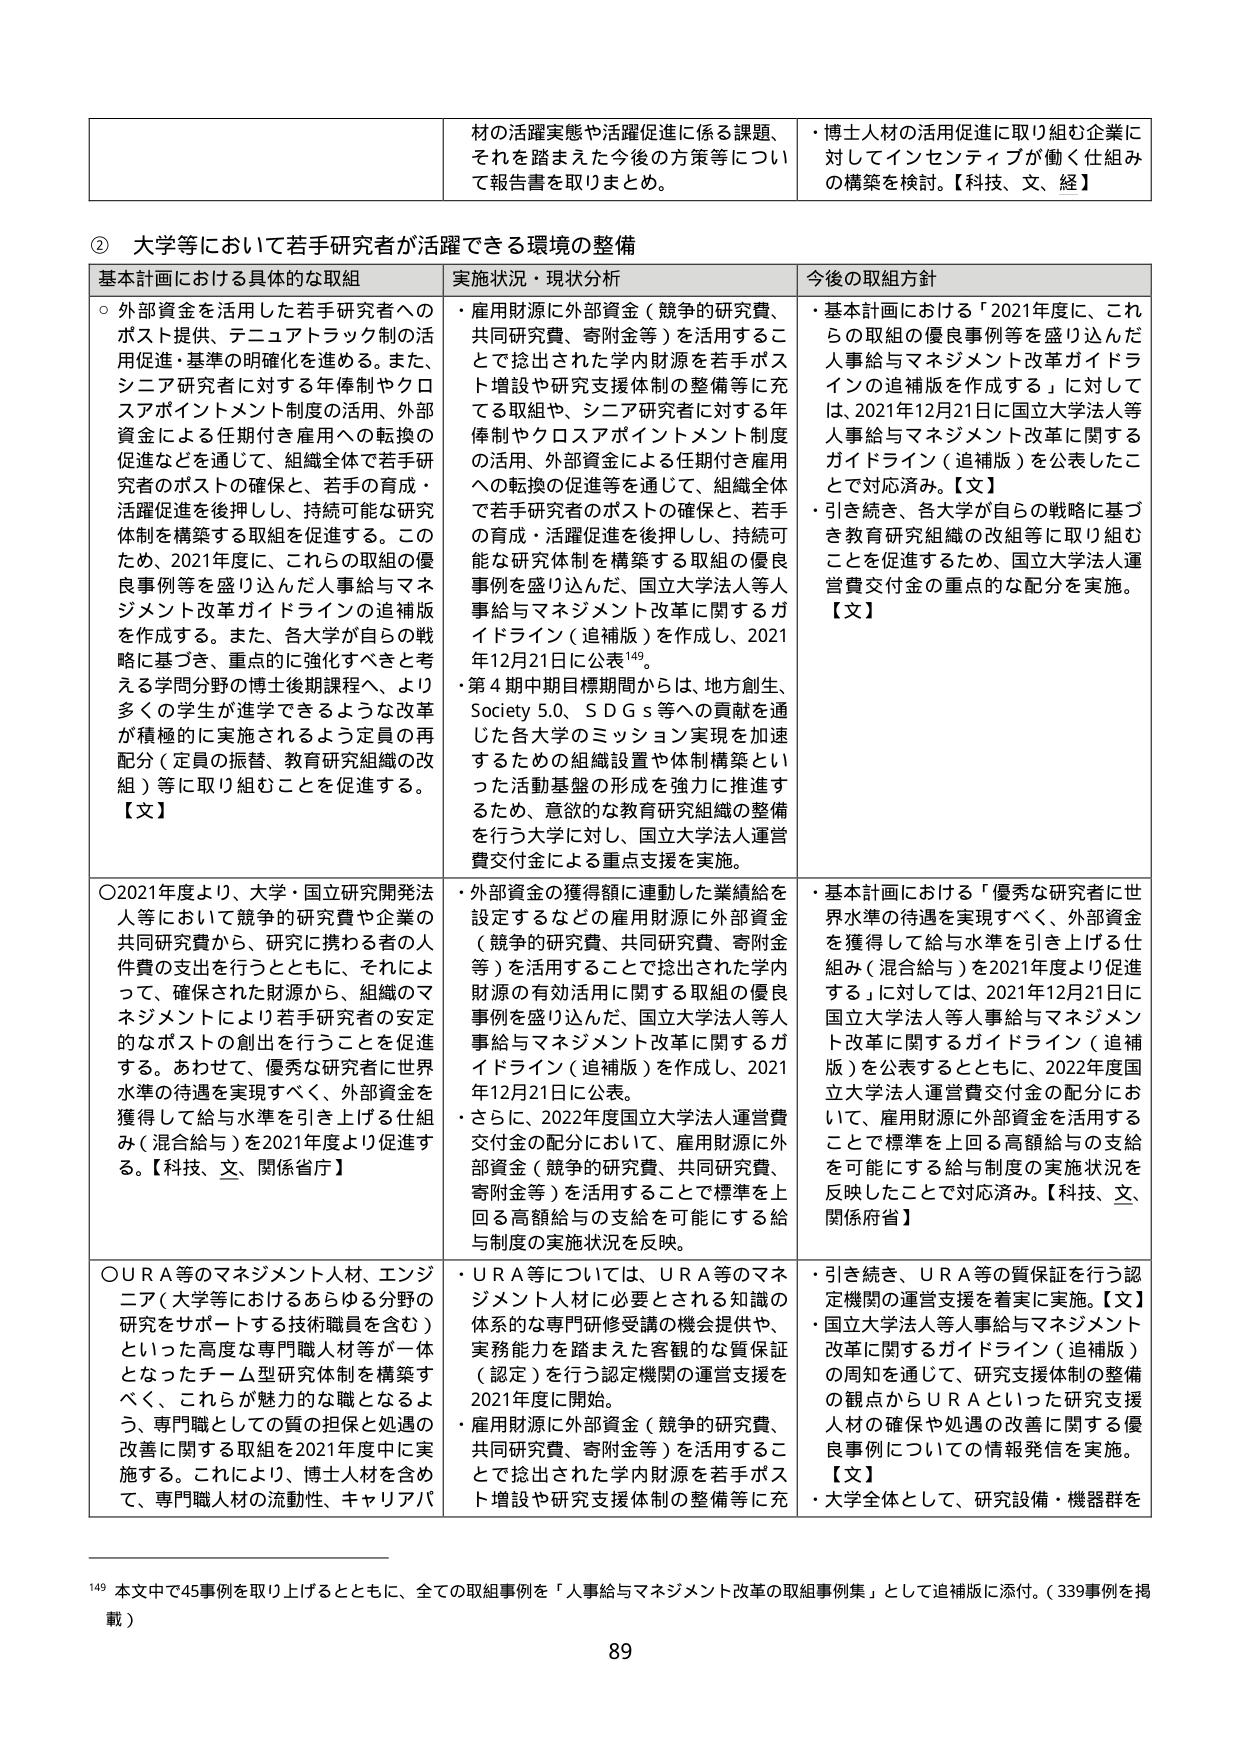
② 大学等において若手研究者が活躍できる環境の整備

基本計画における具体的な取組
・外部資金を活用した若手研究者へのポスト提供、テニュアトラック制の活用促進・基準の明確化を進める。また、シニア研究者に対する年俸制やクロスアポイントメント制度の活用、外部資金による任期付き雇用への転換の促進などを通じて、組織全体で若手研究者のポストの確保と、若手の育成・活躍促進を後押しし、持続可能な研究体制を構築する取組を促進する。このため、2021年度に、これらの取組の優良事例等を盛り込んだ人事給与マネジメント改革ガイドラインの追補版を作成する。また、各大学が自らの戦略に基づき、重点的に強化すべきと考える学問分野の博士後期課程へ、より多くの学生が進学できるような改革が積極的に実施されるよう定員の再配分（定員の振替、教育研究組織の改組）等に取り組むことを促進する。【文】

〇2021年度より、大学・国立研究開発法人等において競争的研究費や企業の共同研究費から、研究に携わる者の人件費の支出を行うとともに、それによって、確保された財源から、組織のマネジメントにより若手研究者の安定的なポストの創出を行うことを促進する。あわせて、優秀な研究者に世界水準の待遇を実現すべく、外部資金を獲得して給与水準を引き上げる仕組み（混合給与）を2021年度より促進する。【科技、文、関係省庁】

〇ＵＲＡ等のマネジメント人材、エンジニア（大学等におけるあらゆる分野の研究をサポートする技術職員を含む）といった高度な専門職人材等が一体となったチーム型研究体制を構築すべく、これらが魅力的な職となるよう、専門職としての質の担保と処遇の改善に関する取組を2021年度中に実施する。これにより、博士人材を含めて、専門職人材の流動性、キャリアパ

実施状況・現状分析
・雇用財源に外部資金（競争的研究費、共同研究費、寄附金等）を活用することで捻出された学内財源を若手ポスト増設や研究支援体制の整備等に充てる取組や、シニア研究者に対する年俸制やクロスアポイントメント制度の活用、外部資金による任期付き雇用への転換の促進等を通じて、組織全体で若手研究者のポストの確保と、若手の育成・活躍促進を後押しし、持続可能な研究体制を構築する取組の優良事例を盛り込んだ、国立大学法人等人事給与マネジメント改革に関するガイドライン（追補版）を作成し、2021年12月21日に公表¹⁴⁹。
・第4期中期目標期間からは、地方創生、Society 5.0、ＳＤＧｓ等への貢献を通じた各大学のミッション実現を加速するための組織設置や体制構築といった活動基盤の形成を強力に推進するため、意欲的な教育研究組織の整備を行う大学に対し、国立大学法人運営費交付金による重点支援を実施。

・外部資金の獲得額に連動した業績給を設定するなどの雇用財源に外部資金（競争的研究費、共同研究費、寄附金等）を活用することで捻出された学内財源の有効活用に関する取組の優良事例を盛り込んだ、国立大学法人等人事給与マネジメント改革に関するガイドライン（追補版）を作成し、2021年12月21日に公表。
・さらに、2022年度国立大学法人運営費交付金の配分において、雇用財源に外部資金（競争的研究費、共同研究費、寄附金等）を活用することで標準を上回る高額給与の支給を可能にする給与制度の実施状況を反映。

・ＵＲＡ等については、ＵＲＡ等のマネジメント人材に必要とされる知識の体系的な専門研修受講の機会提供や、実務能力を踏まえた客観的な質保証（認定）を行う認定機関の運営支援を2021年度に開始。
・雇用財源に外部資金（競争的研究費、共同研究費、寄附金等）を活用することで捻出された学内財源を若手ポスト増設や研究支援体制の整備等に充

今後の取組方針
・基本計画における「2021年度に、これらの取組の優良事例等を盛り込んだ人事給与マネジメント改革ガイドラインの追補版を作成する」に対しては、2021年12月21日に国立大学法人等人事給与マネジメント改革に関するガイドライン（追補版）を公表したことで対応済み。【文】
・引き続き、各大学が自らの戦略に基づき教育研究組織の改組等に取り組むことを促進するため、国立大学法人運営費交付金の重点的な配分を実施。【文】

・基本計画における「優秀な研究者に世界水準の待遇を実現すべく、外部資金を獲得して給与水準を引き上げる仕組み（混合給与）を2021年度より促進する」に対しては、2021年12月21日に国立大学法人等人事給与マネジメント改革に関するガイドライン（追補版）を公表するとともに、2022年度国立大学法人運営費交付金の配分において、雇用財源に外部資金を活用することで標準を上回る高額給与の支給を可能にする給与制度の実施状況を反映したことで対応済み。【科技、文、関係府省】

・引き続き、ＵＲＡ等の質保証を行う認定機関の運営支援を着実に実施。【文】
・国立大学法人等人事給与マネジメント改革に関するガイドライン（追補版）の周知を通じて、研究支援体制の整備の観点からＵＲＡといった研究支援人材の確保や処遇の改善に関する優良事例についての情報発信を実施。【文】
・大学全体として、研究設備・機器群を

¹⁴⁹ 本文中で45事例を取り上げるとともに、全ての取組事例を「人事給与マネジメント改革の取組事例集」として追補版に添付。（339事例を掲載）

89